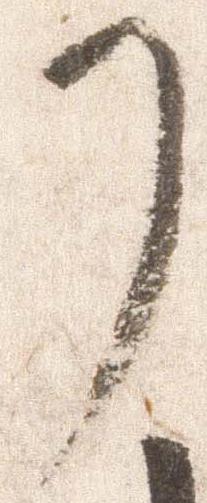
了